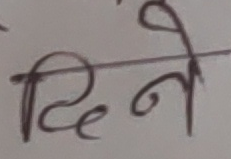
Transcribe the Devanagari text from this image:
दिने